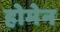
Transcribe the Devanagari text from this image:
होमेन